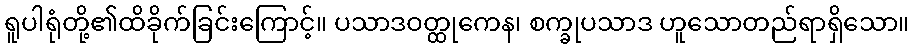
ရူပါရုံတို့၏ထိခိုက်ခြင်းကြောင့်။ ပသာဒဝတ္ထုကေန၊ စက္ခုပသာဒ ဟူသောတည်ရာရှိသော။